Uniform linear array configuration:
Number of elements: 48
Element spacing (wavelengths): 1
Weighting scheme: blackman
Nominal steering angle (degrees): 30
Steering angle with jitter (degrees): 28.174
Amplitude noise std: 0.05
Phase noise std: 0.05

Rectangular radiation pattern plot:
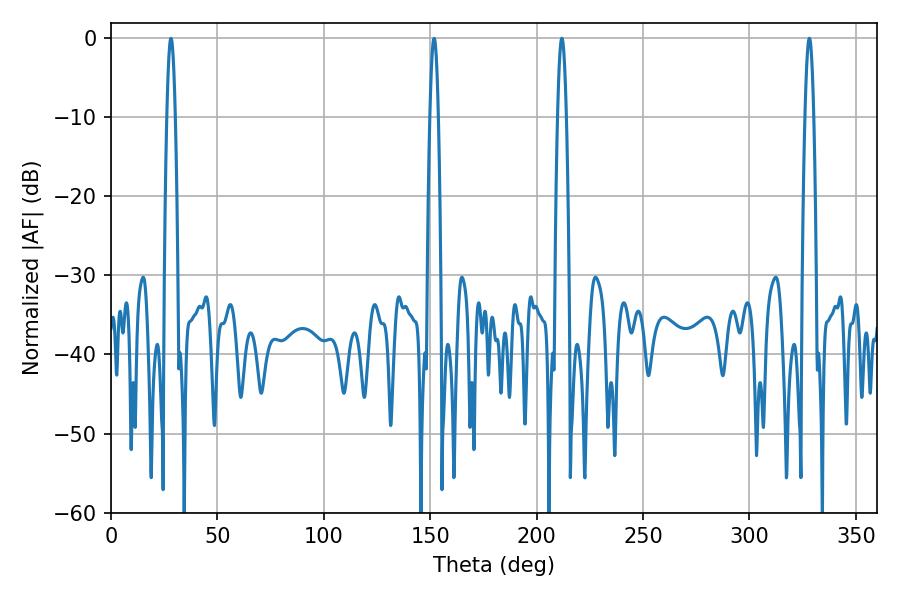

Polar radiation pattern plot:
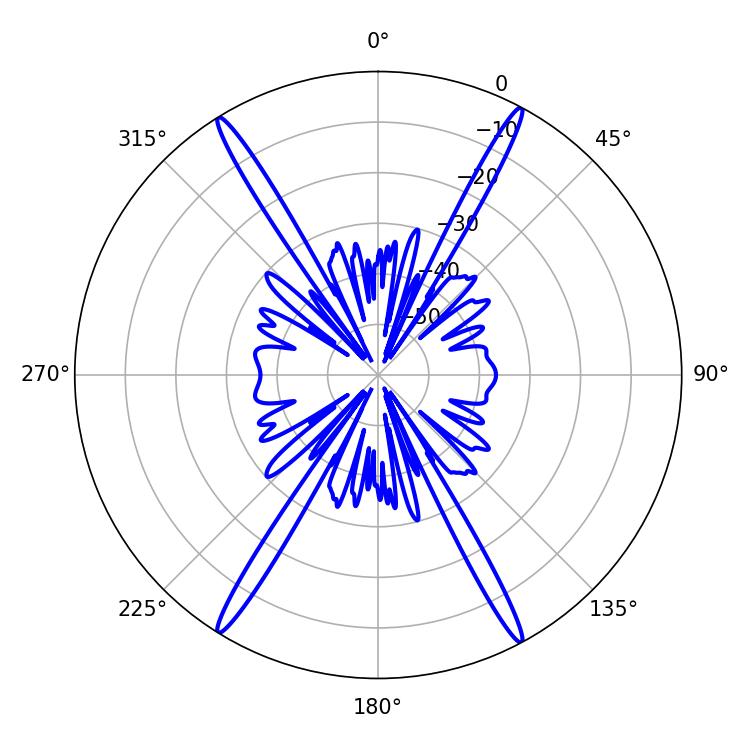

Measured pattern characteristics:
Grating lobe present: TRUE
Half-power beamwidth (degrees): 2.16
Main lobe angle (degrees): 211.86